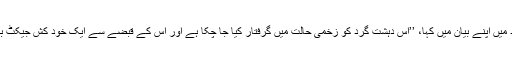
وزارت داخلہ نے بعد میں اپنے بیان میں کہا، ’’اس دہشت گرد کو زخمی حالت میں گرفتار کیا جا چکا ہے اور اس کے قبضے سے ایک خود کش جیکٹ بھی برآمد کر لی گئی۔